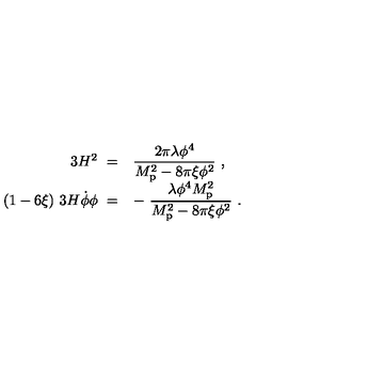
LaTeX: \begin{array} { r l } { 3 H ^ { 2 } \ = } & { { \displaystyle { \frac { 2 \pi \lambda \phi ^ { 4 } } { M _ { \mathrm { p } } ^ { 2 } - 8 \pi \xi \phi ^ { 2 } } } \ , } } \\ { ( 1 - 6 \xi ) \ 3 H \dot { \phi } \phi \ = } & { { \displaystyle - \ { \frac { \lambda \phi ^ { 4 } M _ { \mathrm { p } } ^ { 2 } } { M _ { \mathrm { p } } ^ { 2 } - 8 \pi \xi \phi ^ { 2 } } } \ . } } \\ \end{array}